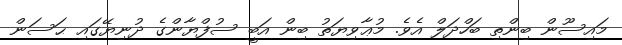
މައިސޫން ބިންތި ބަހްދަލް އެވެ. މުޢާވިޔަތު ބިން އަބީ ސުފްޔާންގެ ދުނިޔޭގައި ޙަސަން